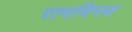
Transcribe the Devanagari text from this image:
रामविनय